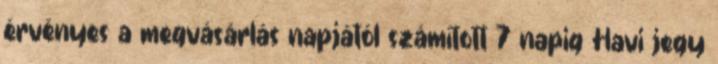
érvényes a megvásárlás napjától számított 7 napig Havi jegy